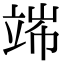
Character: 𥪄